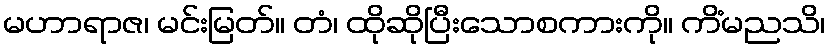
မဟာရာဇ၊ မင်းမြတ်။ တံ၊ ထိုဆိုပြီးသောစကားကို။ ကိံမညသိ၊